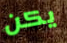
يكن